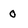
Character: 0